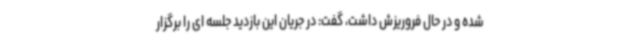
شده و در حال فروریزش داشت، گفت: در جریان این بازدید جلسه ای را برگزار